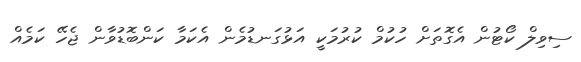
ސިވިލް ކޯޓުން އެގޮތަށް ހުކުމް ކުރުމަކީ އަޅުގަނޑުމެން އެކަމާ ކަންބޮޑުވާން ޖެހޭ ކަމެއް